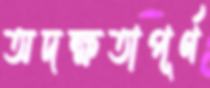
অদক্ষতাপূর্ণ